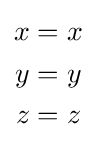
{\begin{aligned}x&=x\\y&=y\\z&=z\\\end{aligned}}